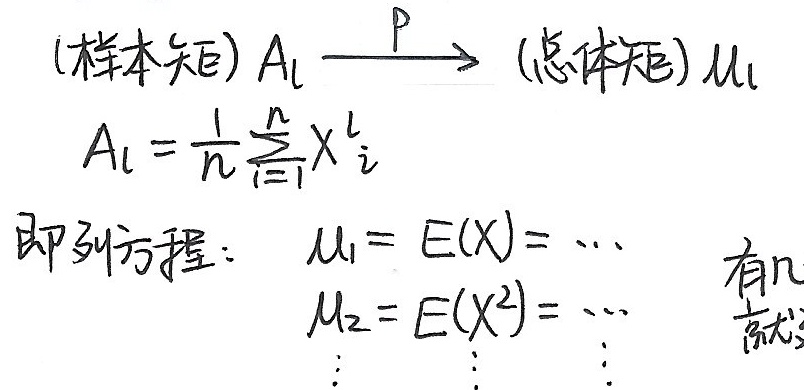
(样本矩) $A_{l}\xrightarrow{P}$ (总体矩) $\mu_{l}$

$A_{l}=\frac{1}{n}\sum_{i = 1}^{n}X_{i}^{l}$

即列方程： $\mu_{1}= E(X)=\cdots$

$\mu_{2}= E(X^{2})=\cdots$

$\vdots$ $\vdots$ $\vdots$
 有几 就写